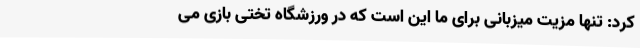
کرد: تنها مزیت میزبانی برای ما این است که در ورزشگاه تختی بازی می